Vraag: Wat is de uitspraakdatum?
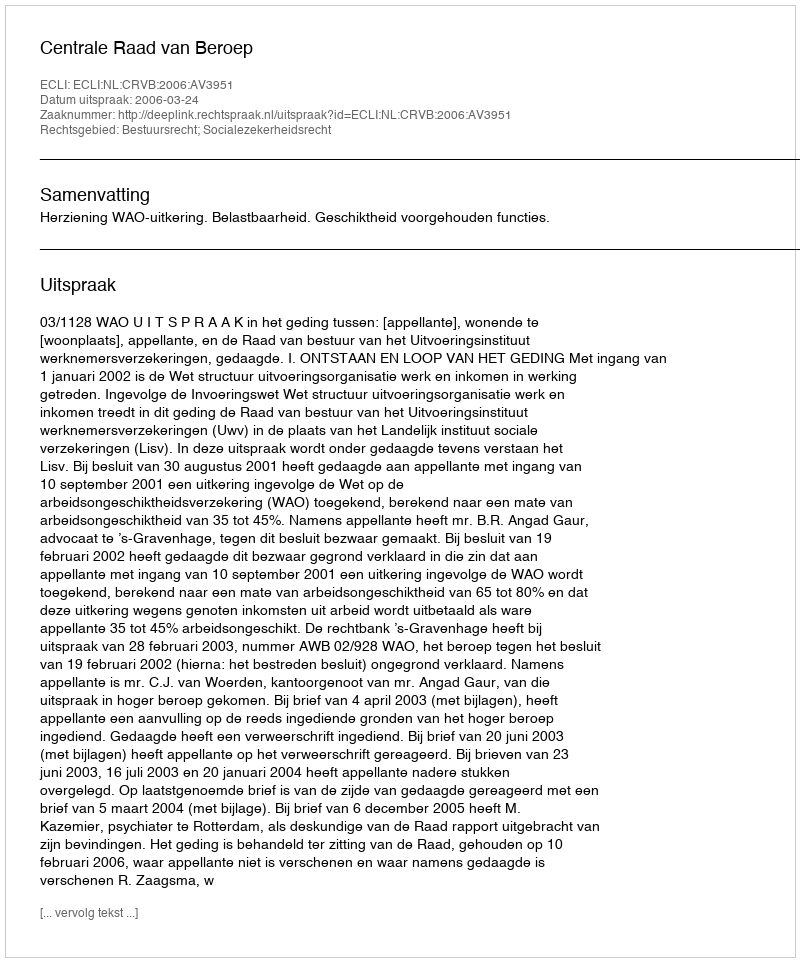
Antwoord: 2006-03-24